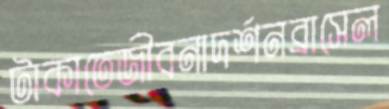
টাকাতেজীবনাদর্শনব্রাসেল